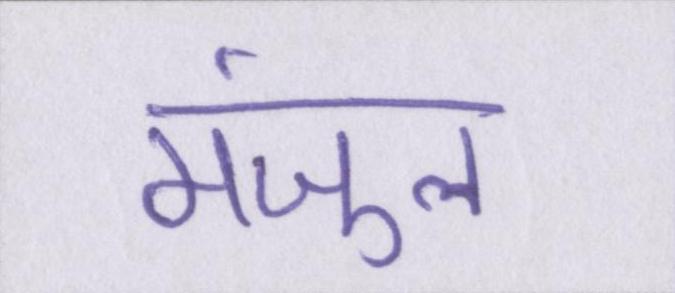
मंजुल